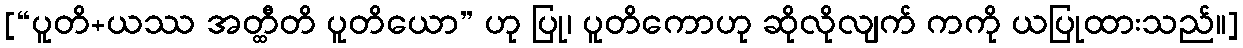
[“ပူတိ+ယဿ အတ္ထီတိ ပူတိယော” ဟု ပြု၊ ပူတိကောဟု ဆိုလိုလျက် ကကို ယပြုထားသည်။]